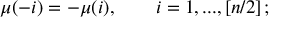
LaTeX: \mu ( - i ) = - \mu ( i ) , \quad \quad i = 1 , . . . , \left[ n / 2 \right] ;